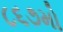
૮૬૭મો